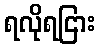
ရလိုရငြား